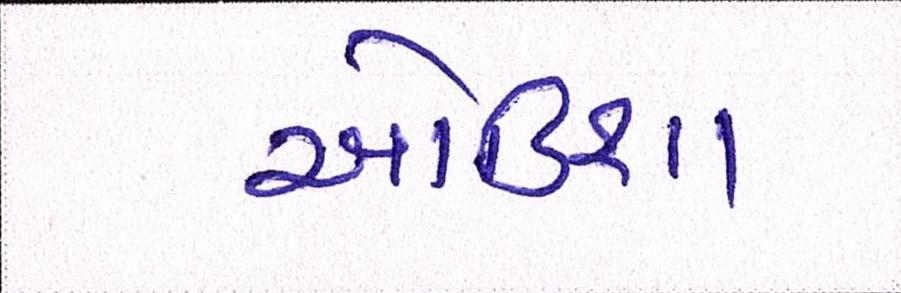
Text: ઓડિશા